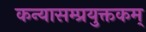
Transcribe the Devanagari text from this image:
कन्यासम्प्रयुक्तकम्